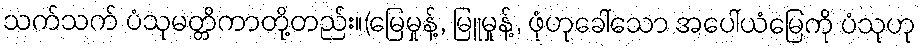
သက်သက် ပံသုမတ္တိကာတို့တည်း။(မြေမှုန့်, မြူမှုန့်, ဖုံဟုခေါ်သော အပေါ်ယံမြေကို ပံသုဟု